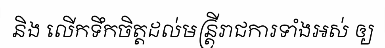
និង លើកទឹកចិត្តដល់មន្ត្រីរាជការទាំងអស់ ឲ្យ